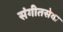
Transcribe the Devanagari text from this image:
संगीतसेवा